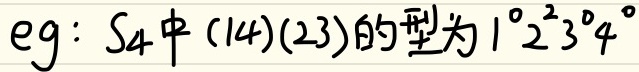
\(eg: S_4中(14)(23)的型为1^{0}2^{2}3^{0}4^{0}\)